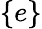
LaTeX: \{ e\}